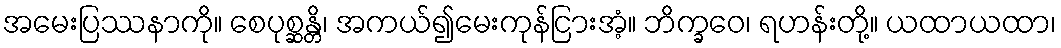
အမေးပြဿနာကို။ စေပုစ္ဆန္တိ၊ အကယ်၍မေးကုန်ငြားအံ့။ ဘိက္ခဝေ၊ ရဟန်းတို့။ ယထာယထာ၊